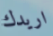
اريدك